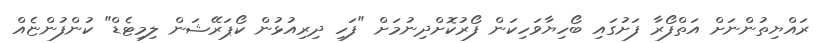
ރައްޔިތުންނަށް އަތްފޯރާ ފަށުގައި ބޯހިޔާވަހިކަން ފޯރުކޮށްދިނުމަށް "ފަހި ދިރިއުޅުން ކޯޕަރޭޝަން ލިމިޓެޑް" ކުންފުންޏެއް